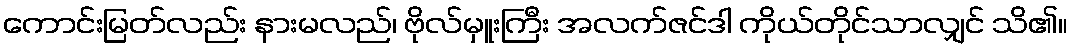
ကောင်းမြတ်လည်း နားမလည်၊ ဗိုလ်မှူးကြီး အလက်ဇင်ဒါ ကိုယ်တိုင်သာလျှင် သိ၏။